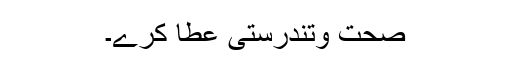
صحت وتندرستی عطا کرے۔